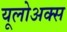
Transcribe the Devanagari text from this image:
यूलोअक्स